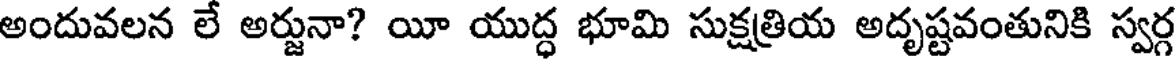
అందువలన లే అర్జునా? యీ యుద్ధ భూమి సుక్షత్రియ అదృష్టవంతునికి స్వర్గ